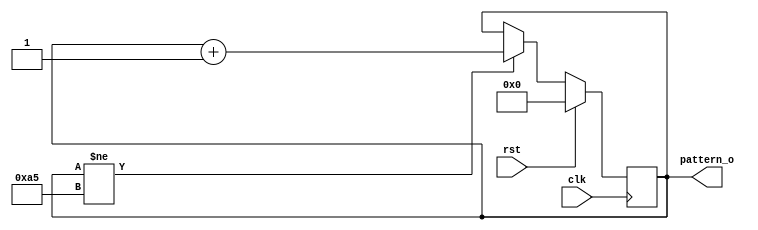
module pcie_7x_v1_3_fast_cfg_init_cntr #(
  parameter PATTERN_WIDTH = 8,
  parameter INIT_PATTERN  = 8'hA5,
  parameter TCQ           = 1
) (
  input                          clk,
  input                          rst,
  output reg [PATTERN_WIDTH-1:0] pattern_o
);

always @(posedge clk) begin
  if(rst) begin
    pattern_o <= #TCQ {PATTERN_WIDTH{1'b0}};
  end else begin
    if(pattern_o != INIT_PATTERN) begin
      pattern_o <= #TCQ pattern_o + 1;
    end
  end
end

endmodule